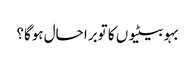
بہو بیٹیوں کا توبرا حال ہوگا؟